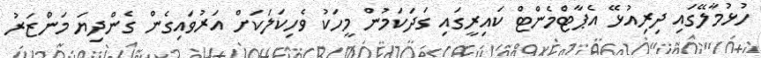
ހުޅުމާލޭގައި ދިރިއުޅޭ އެޕާޓްމެންޓް ކައިރީގައި ގަދަކަމުން މީހަކު ވެހިކަލަކަށް އަރުވައިގެން ގެންދިޔަ މަންޒަރު